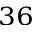
^ { 3 6 }